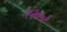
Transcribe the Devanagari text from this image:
१२०५१